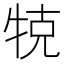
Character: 𤙥